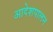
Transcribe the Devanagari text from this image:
आदेशपालन